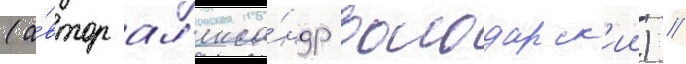
(а́втор ал'екса́ндр володарск'ии) //